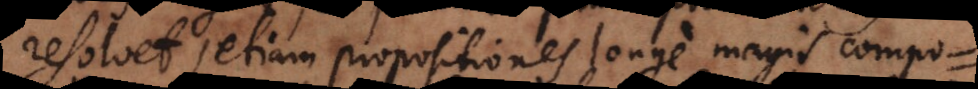
resolvet, etiam propositiones longe magis compo